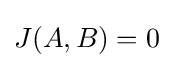
J(A,B)=0